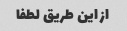
از این طریق لطفا